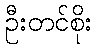
ဦးတင်စိုး